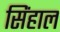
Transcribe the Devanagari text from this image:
सिंहाल